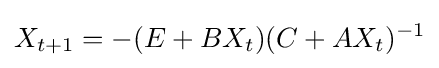
X_{t+1}=-(E+BX_{t})(C+AX_{t})^{-1}